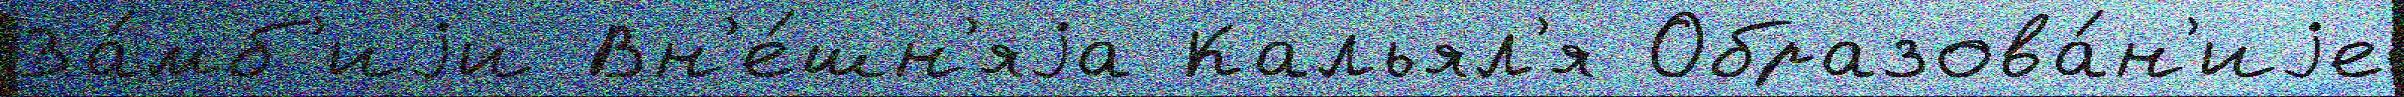
За́мб'иjи Вн'е́шн'яjа Кальял'я Образова́н'иjе